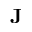
\bf { J }